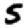
Digit: 5